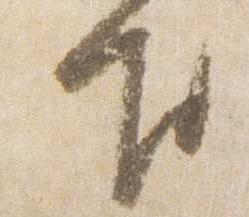
下